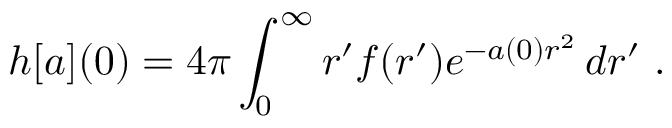
h [ a ] ( 0 ) = 4 \pi \int _ { 0 } ^ { \infty } r ^ { \prime } f ( r ^ { \prime } ) e ^ { - a ( 0 ) r ^ { 2 } } \, d r ^ { \prime } \ .